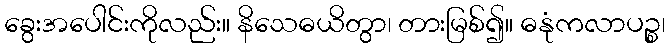
ခွေးအပေါင်းကိုလည်း။ နိသေဓယိတွာ၊ တားမြစ်၍။ ဓနုံကလာပဉ္စ၊